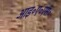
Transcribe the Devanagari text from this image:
आइ॰ए॰एस॰